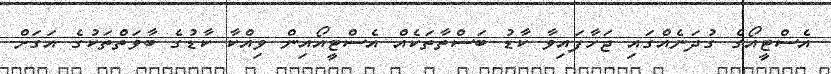
އެސްޓީއޯގެ ގުދަނެއްގައި ޖަހާފައިވާ ކާޑު ބަސްތާތަކެއް އެސްޓީއޯއިން ވިއްކާ ކާޑުގެ ބާވަތްތަކުގެ އަގަށް